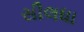
સીલધા